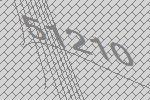
51210